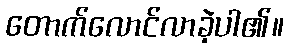
တောက်လောင်လာခဲ့ပါ၏။